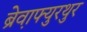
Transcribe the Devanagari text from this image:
ब्रेव़ाफ्युरथुर